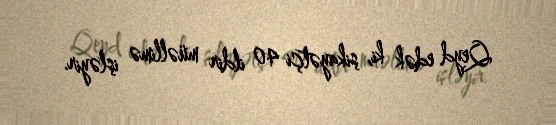
Qeyd edək ki, şikayətçi 40 ildir müəllimə işləyir.